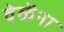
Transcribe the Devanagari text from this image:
वेळेंना